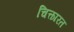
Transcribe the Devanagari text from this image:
चित्कारत